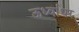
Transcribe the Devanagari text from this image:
ऊर्ध्‍वाधर